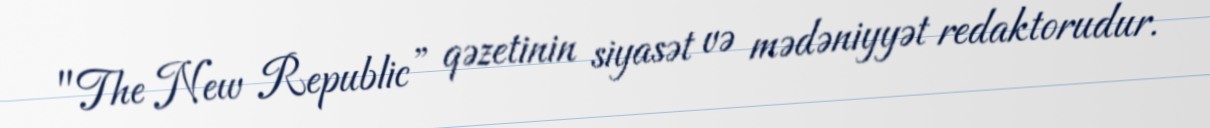
"The New Republic” qəzetinin siyasət və mədəniyyət redaktorudur.